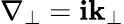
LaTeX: \nabla_{\perp}=\mathbf{i}\mathbf{{k_{\perp}}}